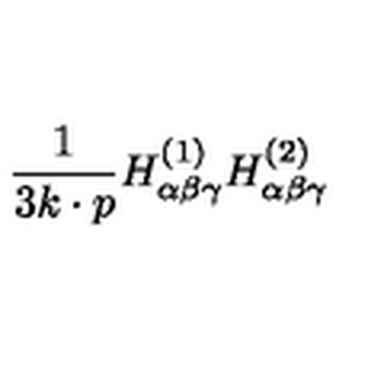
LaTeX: { \frac { 1 } { 3 k \cdot p } } H _ { \alpha \beta \gamma } ^ { ( 1 ) } H _ { \alpha \beta \gamma } ^ { ( 2 ) }